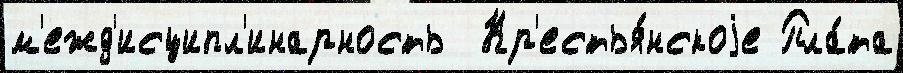
м'ежд'исципл'инарность  Кр'естья́нскоjе Пла́та